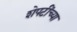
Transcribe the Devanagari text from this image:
शेपटींच्या